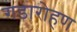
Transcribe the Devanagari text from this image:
गडारोहण